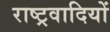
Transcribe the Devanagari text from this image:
राष्‍ट्रवादियों